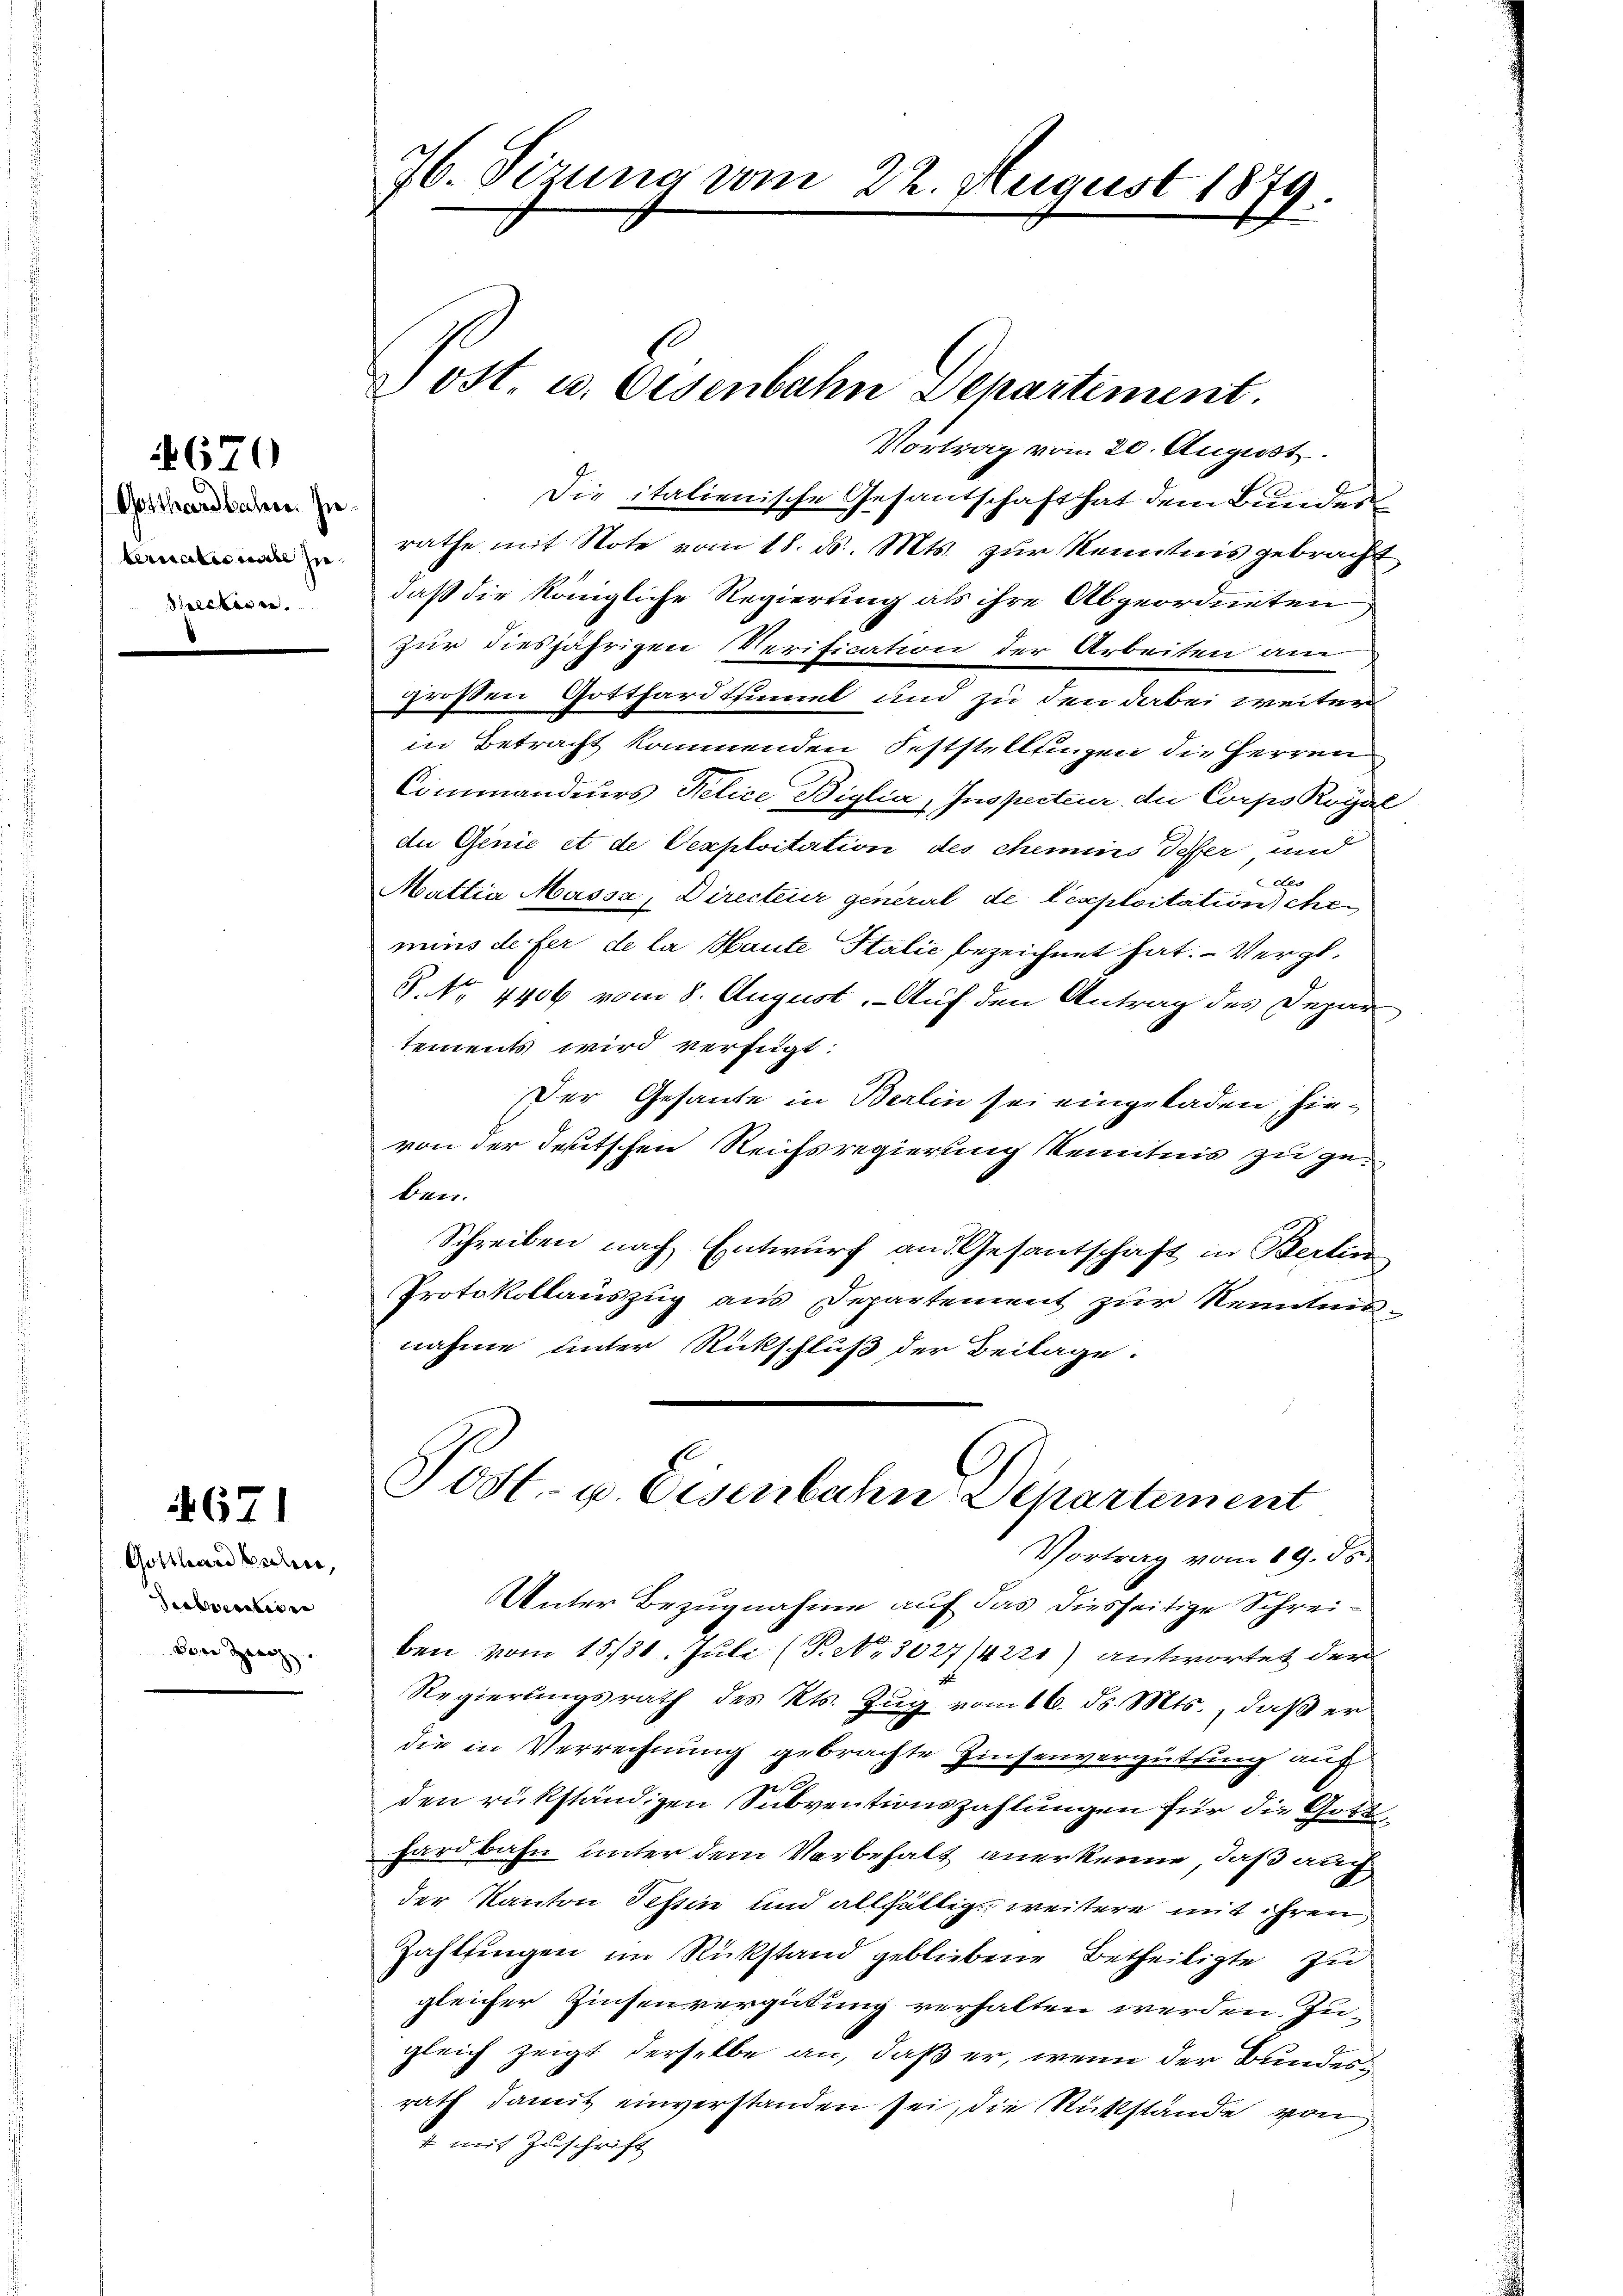
Gotthardbahre. Hieterialis mache zu
Spection.

670

4671

Gotthard beden,
e
von Zeug

76. Sizung vom 22. August 1879.

Post. u. Eisenbahn Departement.
Vortrag vom 20. August.
Die italienische Gesandschaft hat dem Bunden
rathe mit Note vom 18. ds. Mts. zur Kenntnis gebracht,
daß die königliche Regierung als ihre Abgeordneten
Zur diesjährigen Verification der Arbeiten am
großen Gotthardtsmal und zu den dabei weiter
in Betracht kommenden Feststellungen die Herren
Commandeurs Pelice Biglia, Inspecteur, die Corps Royal
die Genie et de Vexploitation des chemins Teffer und
Mattia Massa, Directeur general de lexploitation siche
mins de fer de la Haute Stalić bezeichnet hat. – Vergl.
G. No. 4406 vom 8. August. - Auf den Antrag des Depar
tements wird verfügt:
Der Gesande in Berlin sei eingeladen, hievon der deutschen Reichsregierung Kenntnis zu geben.
Schreiben nach Entwurf and Gesantschaft in Berlin
Protokollauszug aus Departement zur Kenntnisnahme unter Rückschluß der Beilage.
Post- u. Eisenbahne Departement
Vortrag vom 19. ds.
Unter Bezugnahme auf das diesseitige Schreiben vom 15./30. Juli (T. No. 3027/4221) antwortet der
Regierŭngsrath des Kts. Zŭg vom 16. ds. Mts., daβ er
die in Verrechnung gebrachte Zinsenvergüthung auf
t
den rükständigen Subventionszahlungen für die Gotthardbahn unter dem Vorbehalt anerkenne, daß auch
der Kanton Tessin und allfältig weitere mit ihren
Zahlungen im Rückstand gebliebene Betheiligte zu
gleicher Zinsenvergütung verhalten werden. Zugleich zeigt derselbe an, daß er, wenn der Bundesrath damit einverstanden sei, die Rükstände von
1 mit Zuschrift